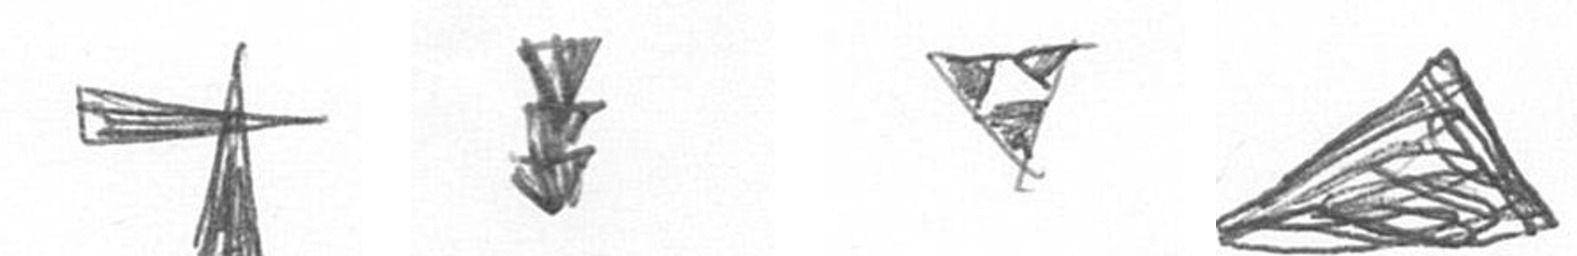
G E S O